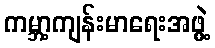
ကမ္ဘာ့ကျန်းမာရေးအဖွဲ့